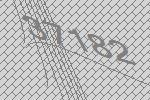
37182